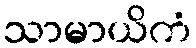
သာမာယိကံ